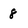
Character: 8